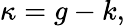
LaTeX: \kappa=g-k,